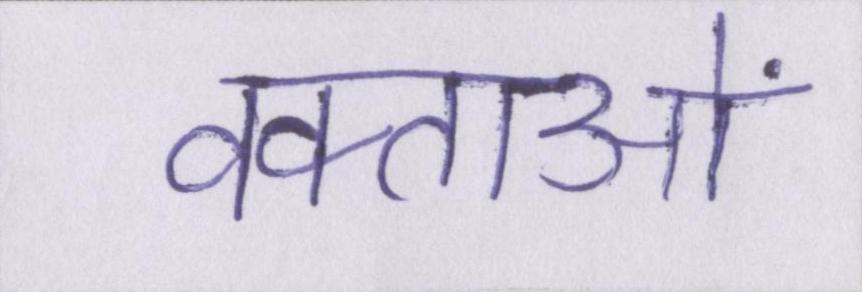
वक्ताओं